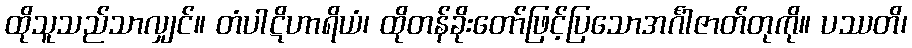
ထိုသူသည်သာလျှင်။ တံပါဋိဟာရိယံ၊ ထိုတန်ခိုးတော်ဖြင့်ပြသောအင်္ဂါဇာတ်တုကို။ ပဿတိ၊